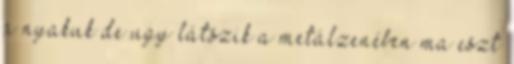
a nyakuk de ugy látszik a metálzenében ma eszt